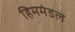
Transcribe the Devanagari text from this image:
हिममंडल